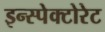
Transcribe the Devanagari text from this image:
इन्स्पेक्टोरेट